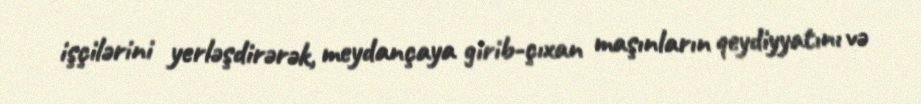
işçilərini yerləşdirərək, meydançaya girib-çıxan maşınların qeydiyyatını və